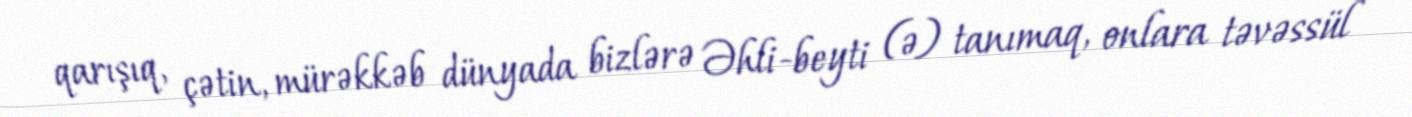
qarışıq, çətin, mürəkkəb dünyada bizlərə Əhli-beyti (ə) tanımaq, onlara təvəssül